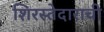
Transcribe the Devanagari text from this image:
शिरस्तेदाराची